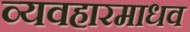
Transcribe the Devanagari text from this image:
व्यवहारमाधव